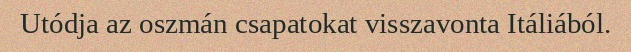
Utódja az oszmán csapatokat visszavonta Itáliából.